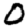
Digit: 0